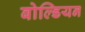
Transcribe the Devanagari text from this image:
बोल्डियन